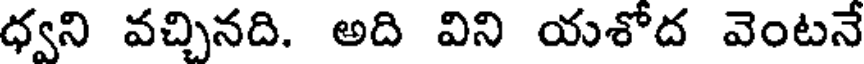
ధ్వని వచ్చినది. అది విని యశోద వెంటనే